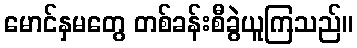
မောင်နှမတွေ တစ်ခန်းစီခွဲယူကြသည်။